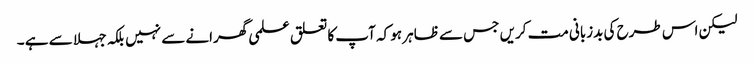
لیکن اس طرح کی بدزبانی مت کریں جس سے ظاہر ہو کہ آپ کا تعلق علمی گھرانے سے نہیں بلکہ جہلا سے ہے ۔